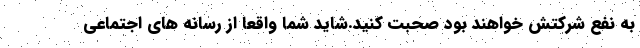
به نفع شرکتش خواهند بود صحبت کنید.شاید شما واقعاً از رسانه های اجتماعی